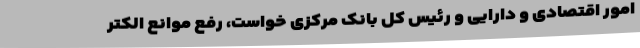
امور اقتصادی و دارایی و رئیس کل بانک مرکزی خواست، رفع موانع الکتر